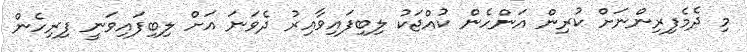
މި ދެމެފިރިންނަށް ކުރިން އަންހެން ކުއްޖަކު ލިބިފައިވާއިރު ދެވަނަ އަށް ލިބިފައިވަނީ ފިރިހެން